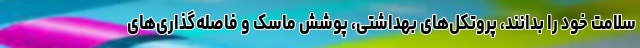
سلامت خود را بدانند، پروتکل‌های بهداشتی، پوشش ماسک و فاصله‌گذاری‌های